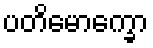
ပတိမောက္ခော